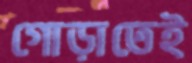
গোড়াতেই